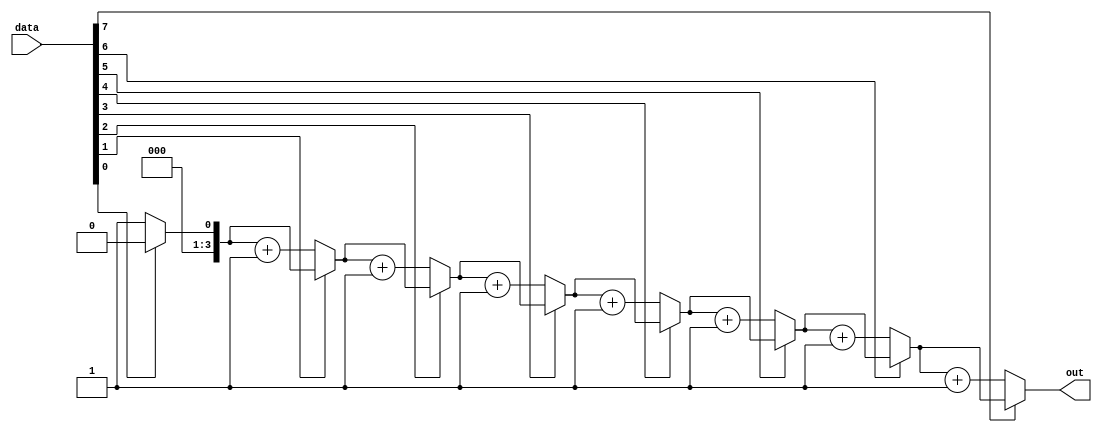
`timescale 1ns / 1ps

module zero_count_task(
    input wire  [7:0]   data,
    output reg  [3:0]   out
    );
    
    always @(data)
        count_zeros_in_byte(data, out);
        
    task count_zeros_in_byte(input [7:0] data, output reg [3:0] count);
    integer i;
    begin 
        count = 0;
        for (i=0; i <= 7; i = i+1)
            if(data[i] == 0) count = count + 1;
    end
    endtask
    
endmodule